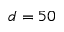
d = 5 0